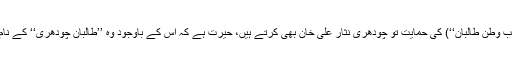
طالبان (خاص طور پر ’’مُحبِّ وطن طالبان‘‘) کی حمایت تو چودھری نثار علی خان بھی کرتے ہیں، حیرت ہے کہ اِس کے باوجود وہ ’’طالبان چودھری‘‘ کے نام سے مشہور نہیں ہو سکے۔